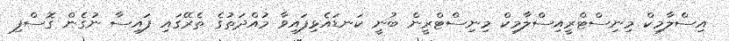
އިސްލާމިކް މިނިސްޓްރީއިސްލާމިކް މިނިސްޓްރީން ބުނީ ކަނޑައެޅިފައިވާ މުއްދަތުގެ ތެރޭގައި ފައިސާ ނުގެން ގޮސްފި